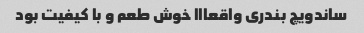
ساندویچ بندری واقعااا خوش طعم و با کیفیت بود